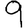
Digit: 9